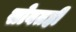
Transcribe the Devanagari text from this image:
सोबतही